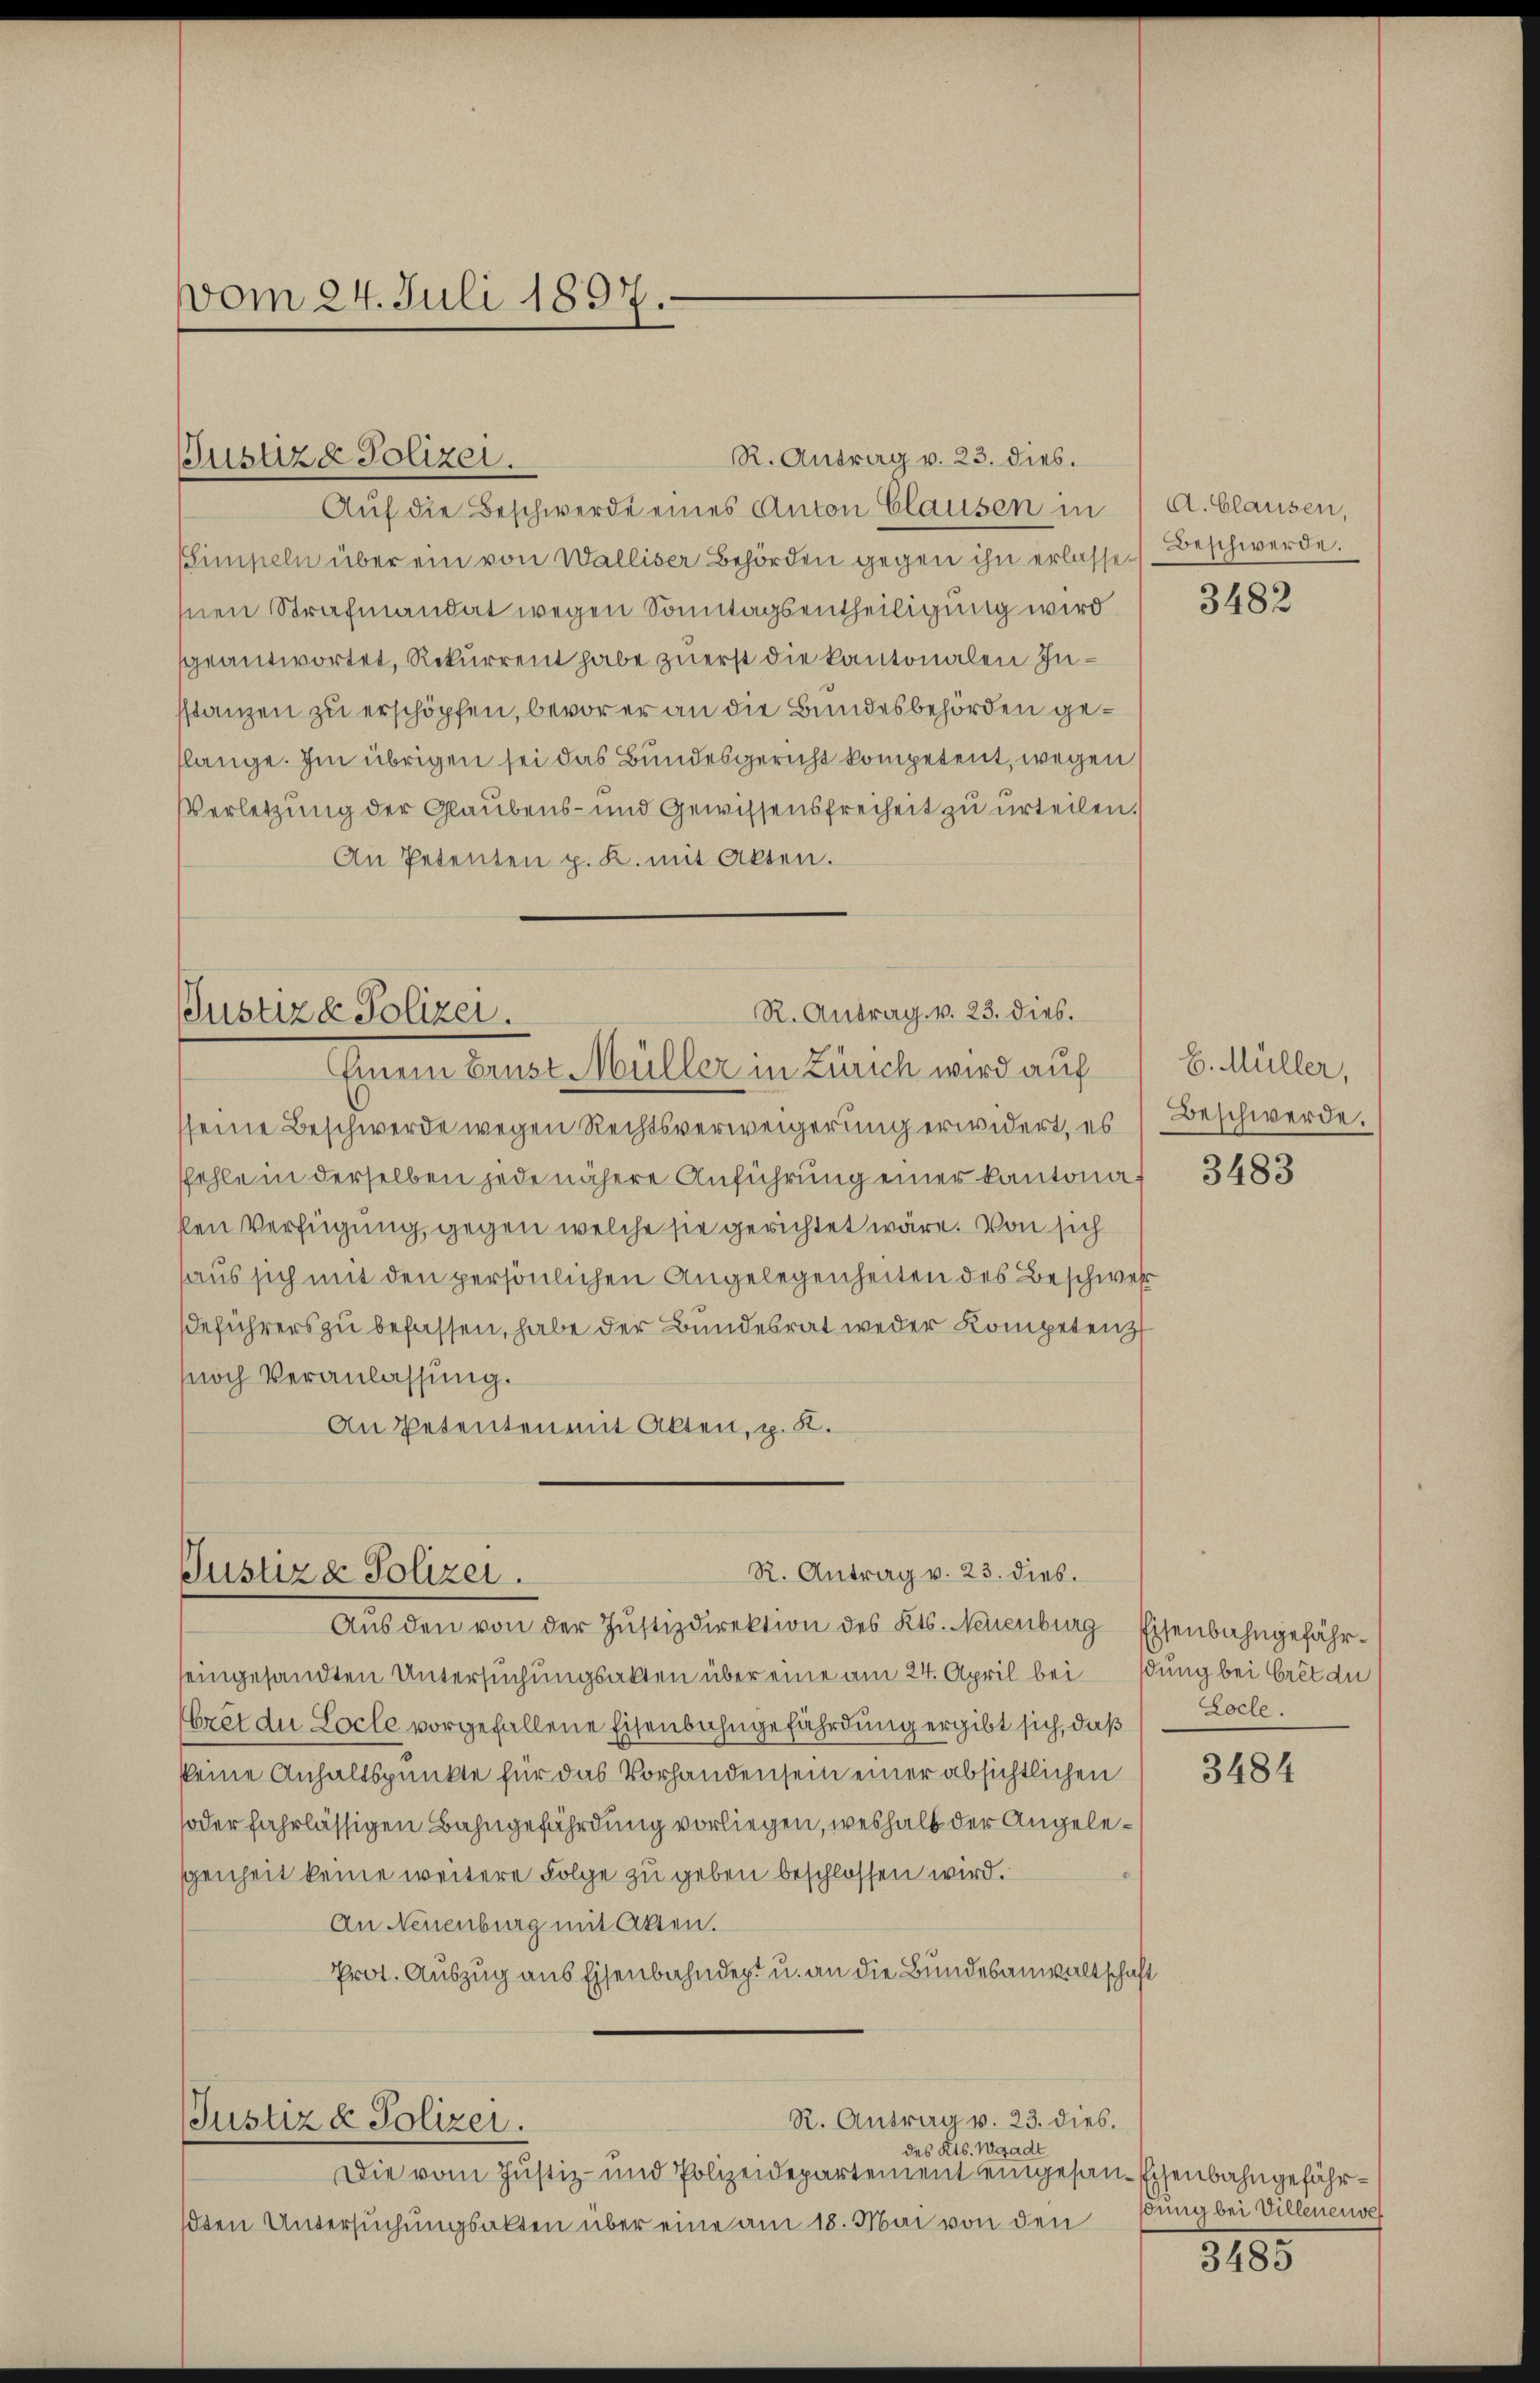
vom 24. Juli 1897.

Justiz & Polizei.

Auf die Beschwerde eines Anton Clausen in
Simpeln über ein von Walliser Behörden gegen ihn erlasse Beschwerde.
snen Strafmandat wegen Sonntagsentheiligung wird
geantwortet, Rekurrent habe zuerst die kantonalen Insstanzen zu erschöpfen, bevor er an die Bundesbehörden geslange. Im übrigen sei das Bundesgericht kompetent, wegen
Verletzung der Glaubens- und Gewissensfreiheit zu urteilen.
An Petenten p. K. mit Akten.

R. Antrag v. 23. dies.
Justiz & Polizei.
Einem Brust Müller in Zürich wird auf

R. Antrag v. 23. dies.
Justiz & Polizei.
Aŭs den von der Justizdirektion des Kts. Neuenburg Eisenbahngefähr¬

Justiz & Polizei.

R. Antrag v. 23. dies.

eingesandten Untersuchungsakten über eine am 24. April beitung bei Gret du

des Kts. Waadt
Die vom Justiz- und Polizeidepartement eingesan
ßten Untersuchungsakten über eine am 18. Mai von den

sseine Beschwerde wegen Rechtsverweigerung erwidert, es
sfehle in derselben jede nähere Anführung einer Kantonaken Verfügung, gegen welche sie gerichtet wäre. Von sich
haus sich mit den persönlichen Angelegenheiten des Beschwer
eführers zu befassen, habe der Bundesrat weder Kompetenz
noch Veranlassung.
An Petenten mit Akten, p. K.

rêt du Socle vorgefallene Eisenbahngefährdung ergibt sich, daß Loche
keine Anhaltspunkte für das Vorhandensein einer absichtlichen
soder fahrlässigen Bahngefährdung vorliegen, weshalb der Angelescgenheit keine weitere Folge zu geben beschlossen wird.
An Neuenburg mit Akten.
Prot. Auszug aus Eisenbahndept u. an die Bundesanwaltschaft

R. Antrag v. 23. dies.

A. Clausen,

3482

E. Müller,
Beschwerde.

3483

3484

Eisenbahngefährsnng bei Villenenver

3485